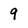
Character: 9